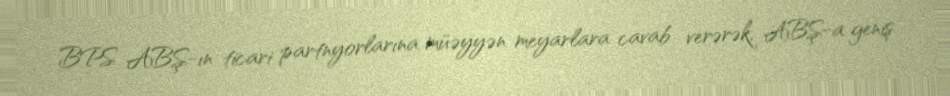
BPS ABŞ-ın ticari partnyorlarına müəyyən meyarlara cavab verərək, ABŞ-a geniş